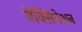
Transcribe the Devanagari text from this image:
वेक्सिनेशन